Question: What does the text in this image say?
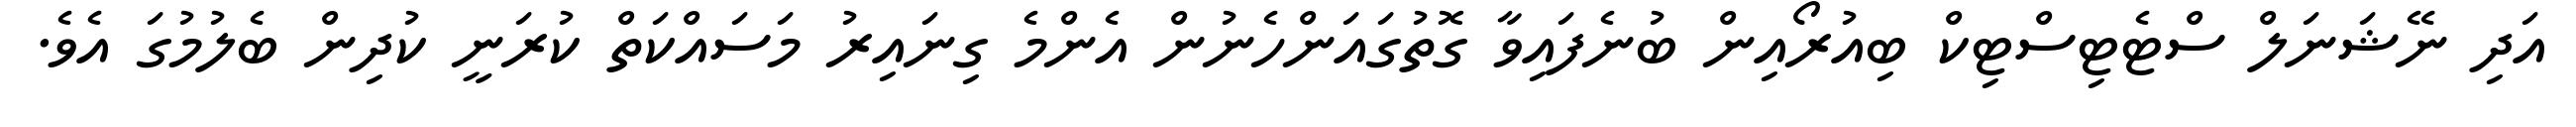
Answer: އަދި ނޭޝަނަލް ސްޓެޓިސްޓިކް ބިއުރޯއިން ބުނެފައިވާ ގޮތުގައަންހެނުން އެންމެ ގިނައިރު މަސައްކަތް ކުރަނީ ކުދިން ބެލުމުގަ އެވެ.